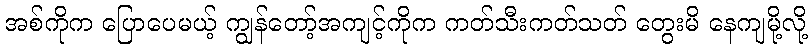
အစ်ကိုက ပြောပေမယ့် ကျွန်တော့်အကျင့်ကိုက ကတ်သီးကတ်သတ် တွေးမိ နေကျမို့လို့